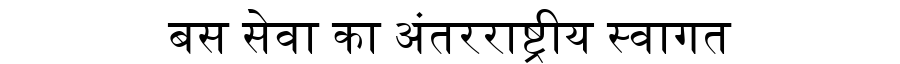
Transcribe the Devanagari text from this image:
बस सेवा का अंतरराष्ट्रीय स्वागत